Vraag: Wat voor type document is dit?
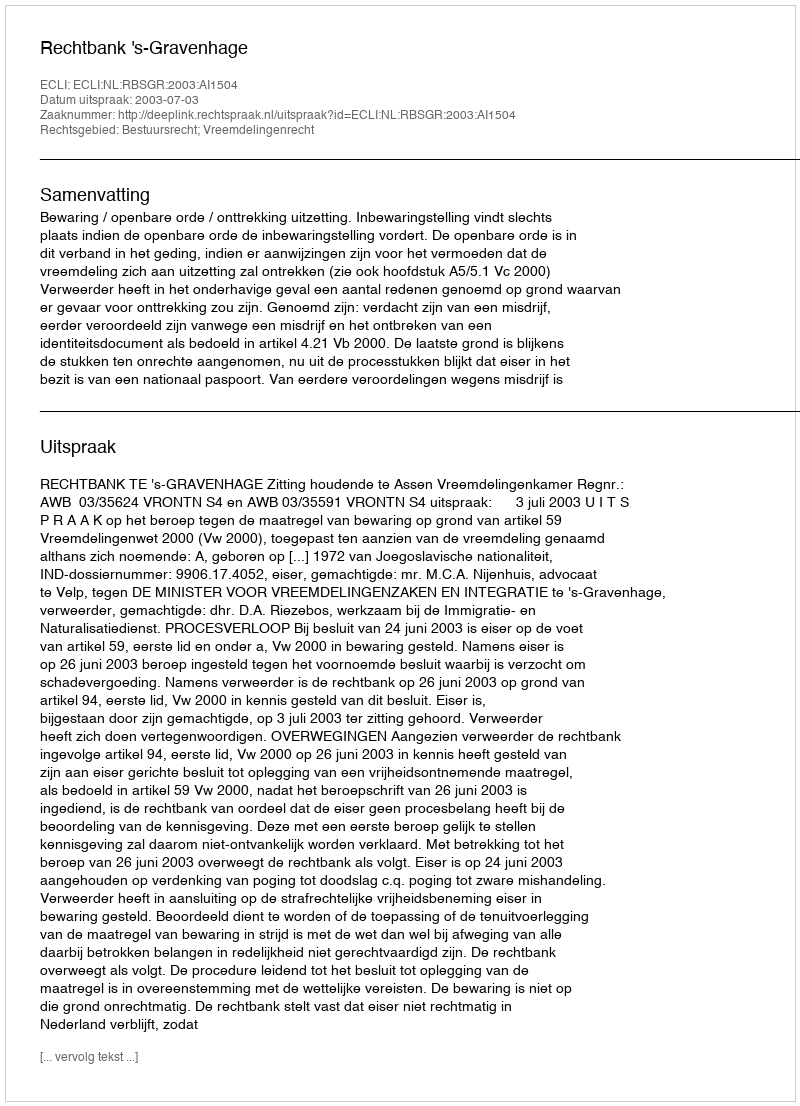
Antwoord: Uitspraak